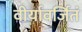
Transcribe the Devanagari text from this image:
वीर्यावर्जितं